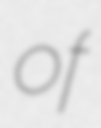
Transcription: of